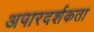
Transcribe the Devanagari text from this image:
अपारदर्शकता